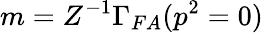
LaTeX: m=Z^{-1}\Gamma_{FA}(p^{2}=0)